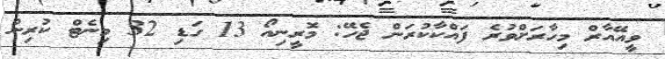
ވީއޭއާރް މިހާރަށްވުރެ ފައްކާކުރަން ޖެހޭ: މޮރީނިއޯ 13 ގަޑި 32 މިނެޓް ކުރިން